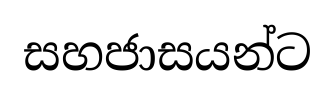
සහජාසයන්ට